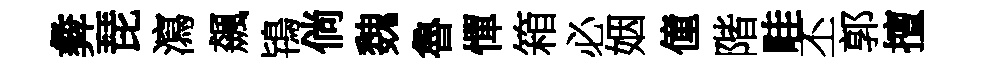
彜琵瀉飆鴇倘魏魯憚箱必姻僮階畦丕郭擅